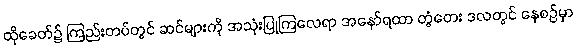
ထိုခေတ်၌ ကြည်းတပ်တွင် ဆင်များကို အသုံးပြုကြလေရာ အနော်ရထာ တွံတေး ဒလတွင် နေစဉ်မှာ